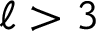
\ell > 3